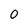
Character: 0